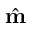
\hat { \bf m }